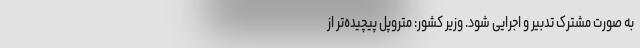
به صورت مشترک تدبیر و اجرایی شود. وزیر کشور: متروپل پیچیده‌تر از